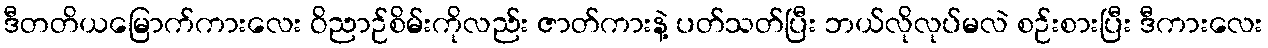
ဒီတတိယမြောက်ကားလေး ဝိညာဉ်စိမ်းကိုလည်း ဇာတ်ကားနဲ့ ပတ်သတ်ပြီး ဘယ်လိုလုပ်မလဲ စဉ်းစားပြီး ဒီကားလေး